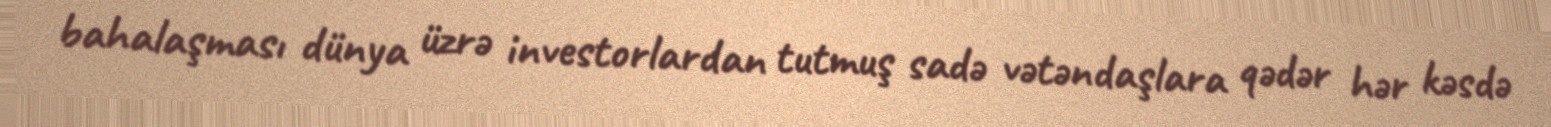
bahalaşması dünya üzrə investorlardan tutmuş sadə vətəndaşlara qədər hər kəsdə